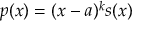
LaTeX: p ( x ) = ( x - a ) ^ { k } s ( x )